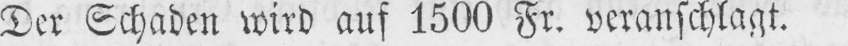
Der Schaden wird auf 1500 Fr. veranschlagt.